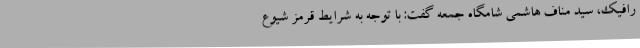
رافیک، سید مناف هاشمی شامگاه جمعه گفت: با توجه به شرایط قرمز شیوع